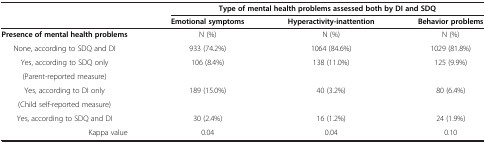
|  | <COLSPAN=3> Type of mental health problems assessed both by DI and SDQ |
 |  | Emotional symptoms | Hyperactivity-inattention | Behavior problems |
 | --- | --- | --- | --- |
 | Presence of mental health problems | N (%) | N (%) | N (%) |
 | None, according to SDQ and DI | 933 (74.2%) | 1064 (84.6%) | 1029 (81.8%) |
 | Yes, according to SDQ only | <ROWSPAN=2> 106 (8.4%) | <ROWSPAN=2> 138 (11.0%) | <ROWSPAN=2> 125 (9.9%) |
 | (Parent-reported measure) |
 | Yes, according to DI only | <ROWSPAN=2> 189 (15.0%) | <ROWSPAN=2> 40 (3.2%) | <ROWSPAN=2> 80 (6.4%) |
 | (Child self-reported measure) |
 | Yes, according to SDQ and DI | 30 (2.4%) | 16 (1.2%) | 24 (1.9%) |
 | Kappa value | 0.04 | 0.04 | 0.10 |